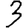
Digit: 3